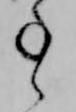
事